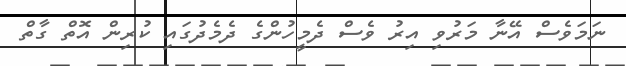
ނަމަވެސް އޭނާ މަރުވި އިރު ވެސް ދެމީހުންގެ ދެމެދުގައި ކުރިން އޮތް ގާތް